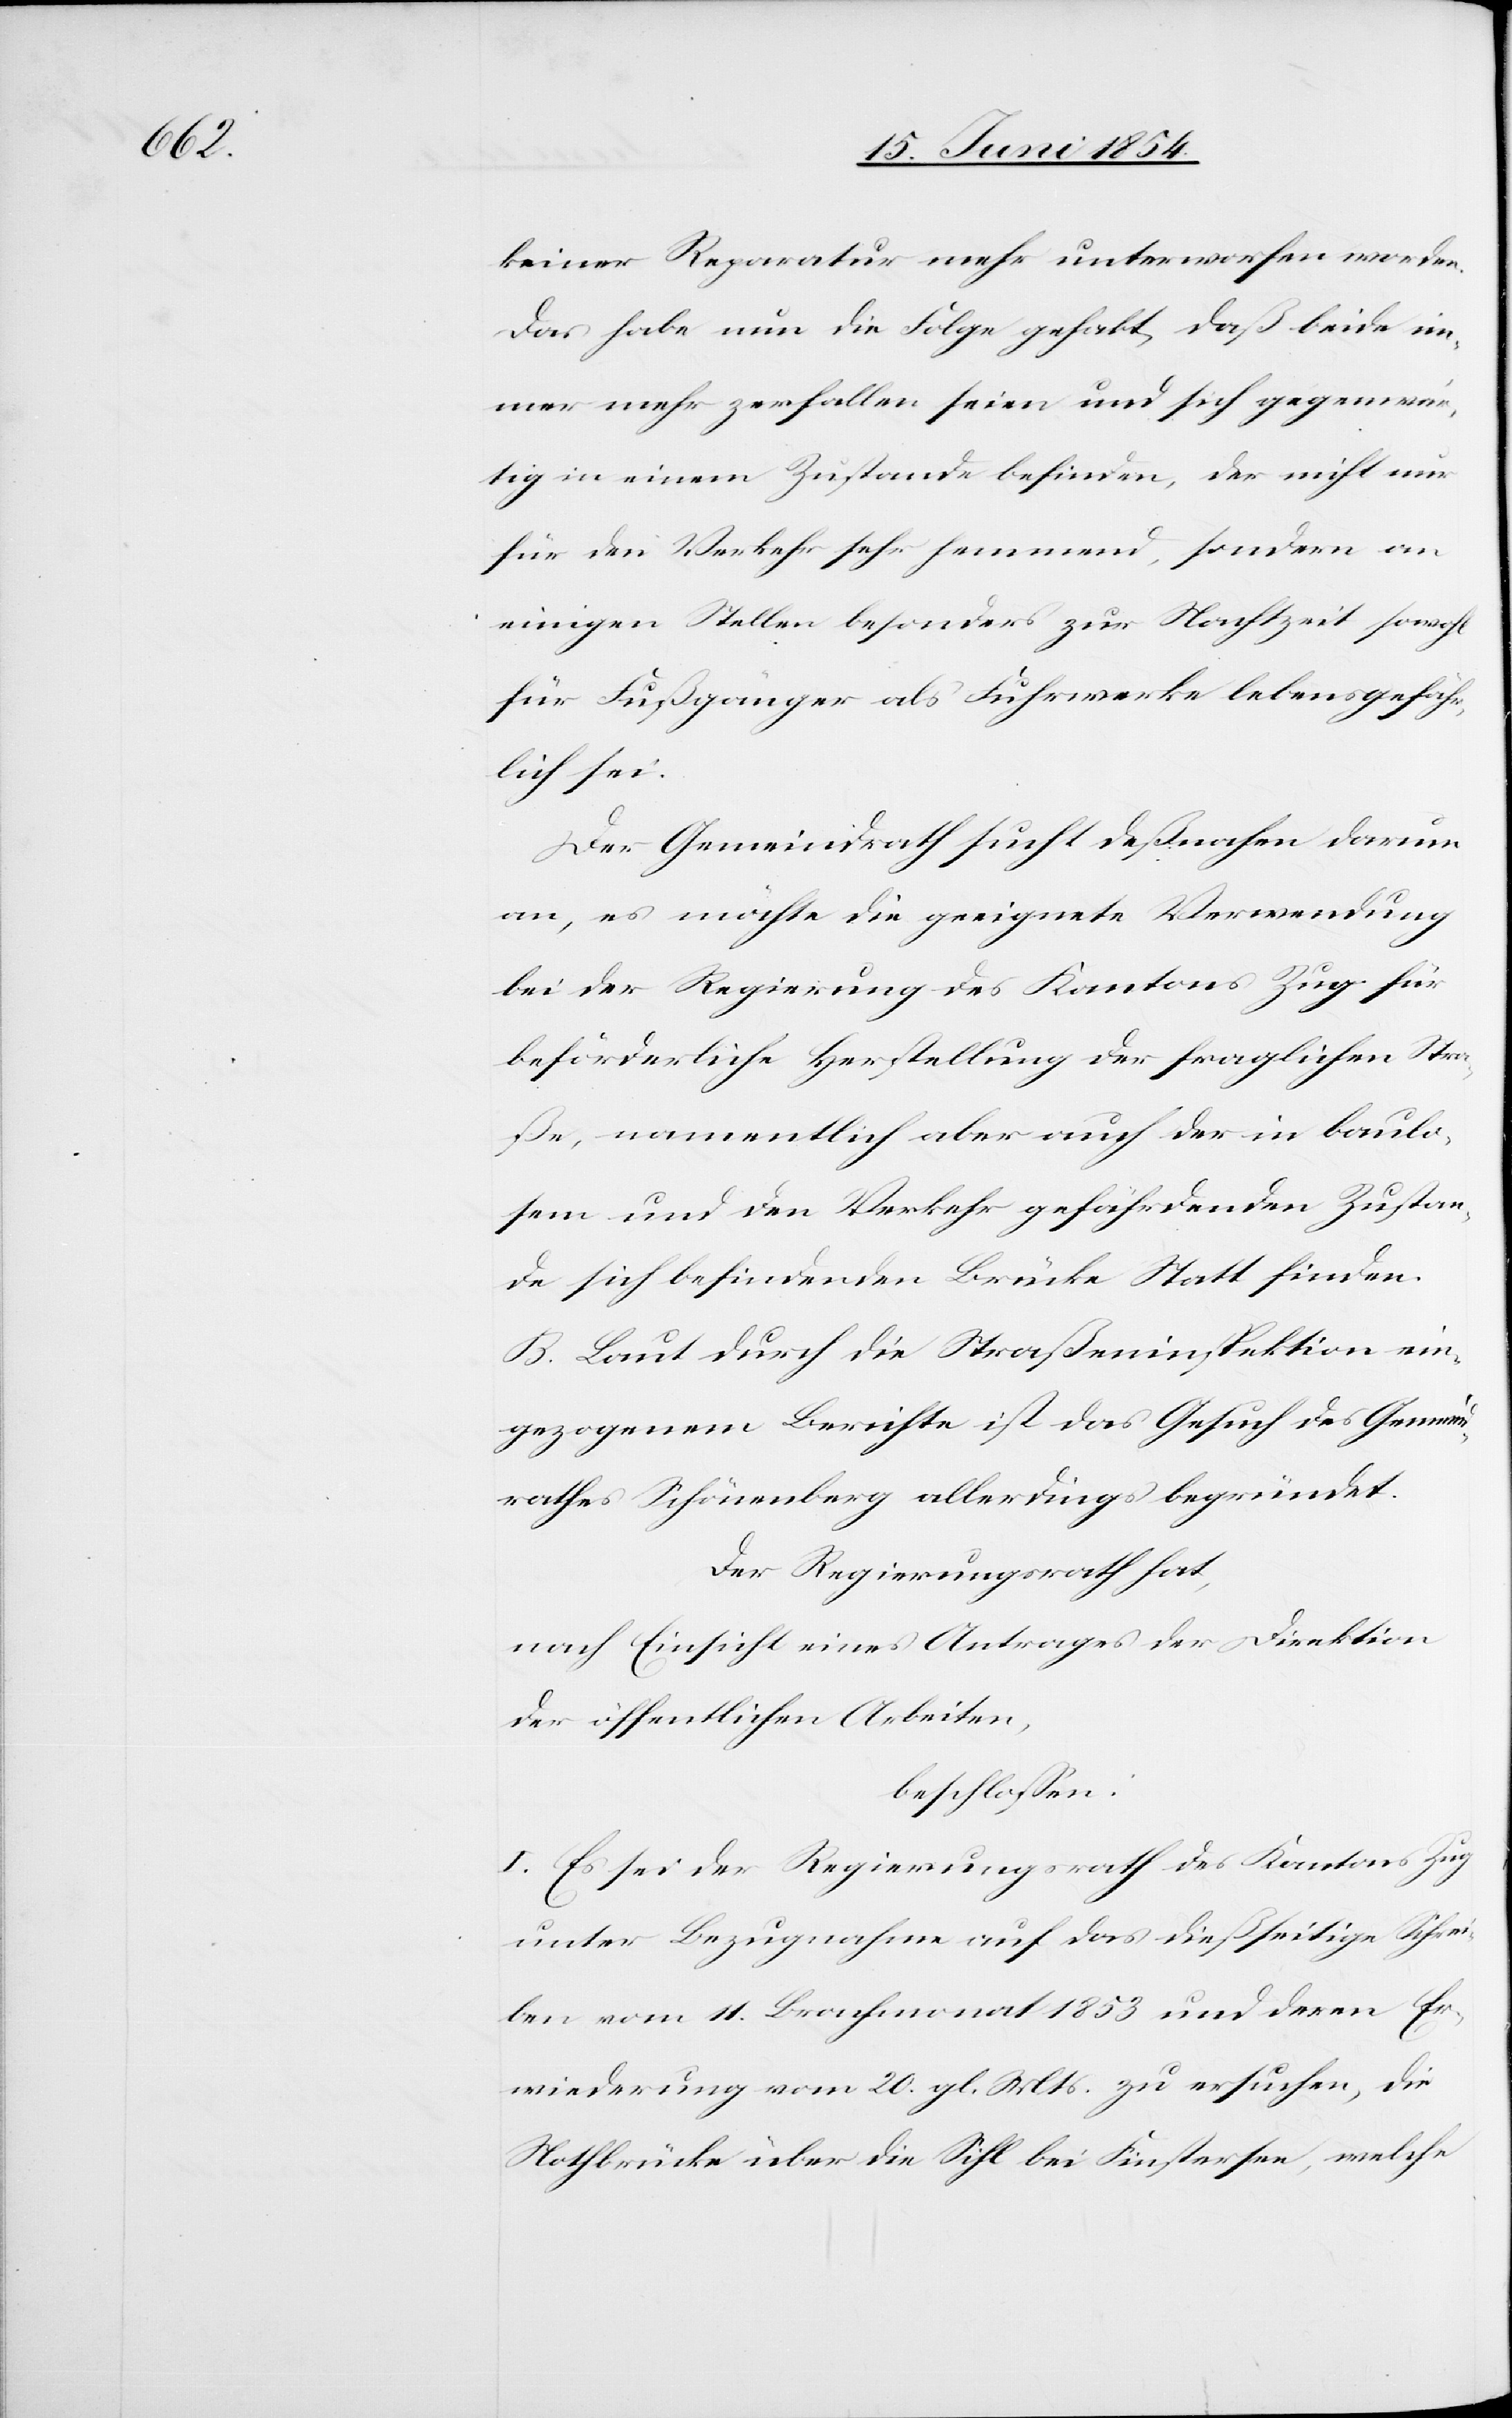
keiner Reparatur mehr unterworfen worden.
Das habe nun die Folge gehabt, daß beide im¬
mer mehr zerfallen seien und sich gegenwär¬
tig in einem Zustande befinden, der nicht nur
für den Verkehr sehr hemmend, sondern an
einigen Stellen besonders zur Nachtzeit sowohl
für Fußgänger als Fuhrwerke lebensgefähr¬
lich sei.
Der Gemeindrath sucht deßnahen darum
an, es möchte die geeignete Verwendung
bei der Regierung des Kantons Zug für
beförderliche Herstellung der fraglichen Str¬
aße, namentlich aber auch der in baulo¬
sem und den Verkehr gefährdenden Zustan¬
de sich befindenden Brücke Statt finden.
B. Laut durch die Straßeninspektion ein¬
gezogenem Berichte ist das Gesuch des Gemeind¬
rathes Schönenberg allerdings begründet.
Der Regierungsrath hat,
nach Einsicht eines Antrages der Direktion
der öffentlichen Arbeiten,
beschloßen:
I. Es sei der Regierungsrath des Kantons Zug
unter Bezugnahme auf das dießseitige Schrei¬
ben vom 11. Brachmonat 1853 und deren Er¬
wiederung vom 20. gl. Mts. zu ersuchen, die
Nothbrücke über die Sihl bei Finstersee, welche